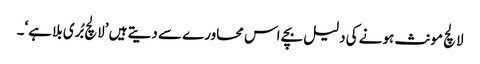
لالچ مونث ہونے کی دلیل بچے اس محاورے سے دیتے ہیں ’لالچ بُری بلا ہے‘۔